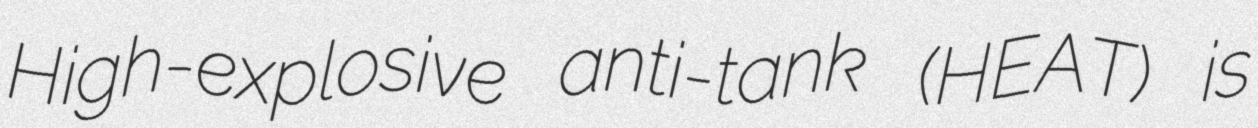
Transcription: High-explosive anti-tank (HEAT) is